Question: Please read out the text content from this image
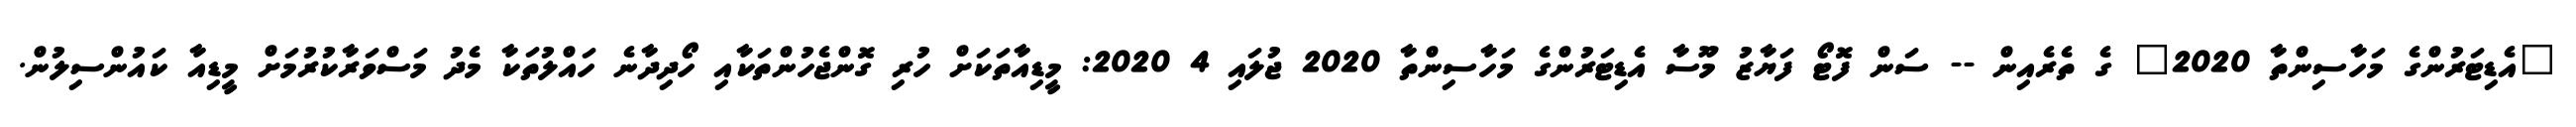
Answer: "އެޑިޓަރުންގެ މަހާސިންތާ 2020" ގެ ތެރެއިން -- ސަން ފޮޓޯ ފަޔާޒު މޫސާ އެޑިޓަރުންގެ މަހާސިންތާ 2020 ޖުލައި 4 2020: މީޑިއާތަކަށް ހުރި ގޮންޖެހުންތަކާއި ހޯދިދާނެ ހައްލުތަކާ މެދު މަސްވަރާކުރުމަށް މީޑިއާ ކައުންސިލުން.